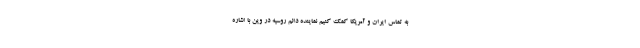
به تماس ایران و آمریکا کمک کنیم نماینده دائم روسیه در وین با اشاره